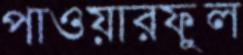
পাওয়ারফুল